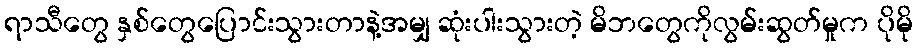
ရာသီတွေ နှစ်တွေပြောင်းသွားတာနဲ့အမျှ ဆုံးပါးသွားတဲ့ မိဘတွေကိုလွမ်းဆွတ်မှုက ပိုမို